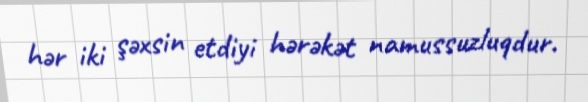
hər iki şəxsin etdiyi hərəkət namussuzluqdur.